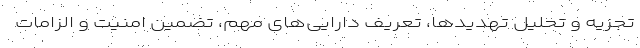
تجزیه و تحلیل تهدیدها، تعریف دارایی‌های مهم، تضمین امنیت و الزامات